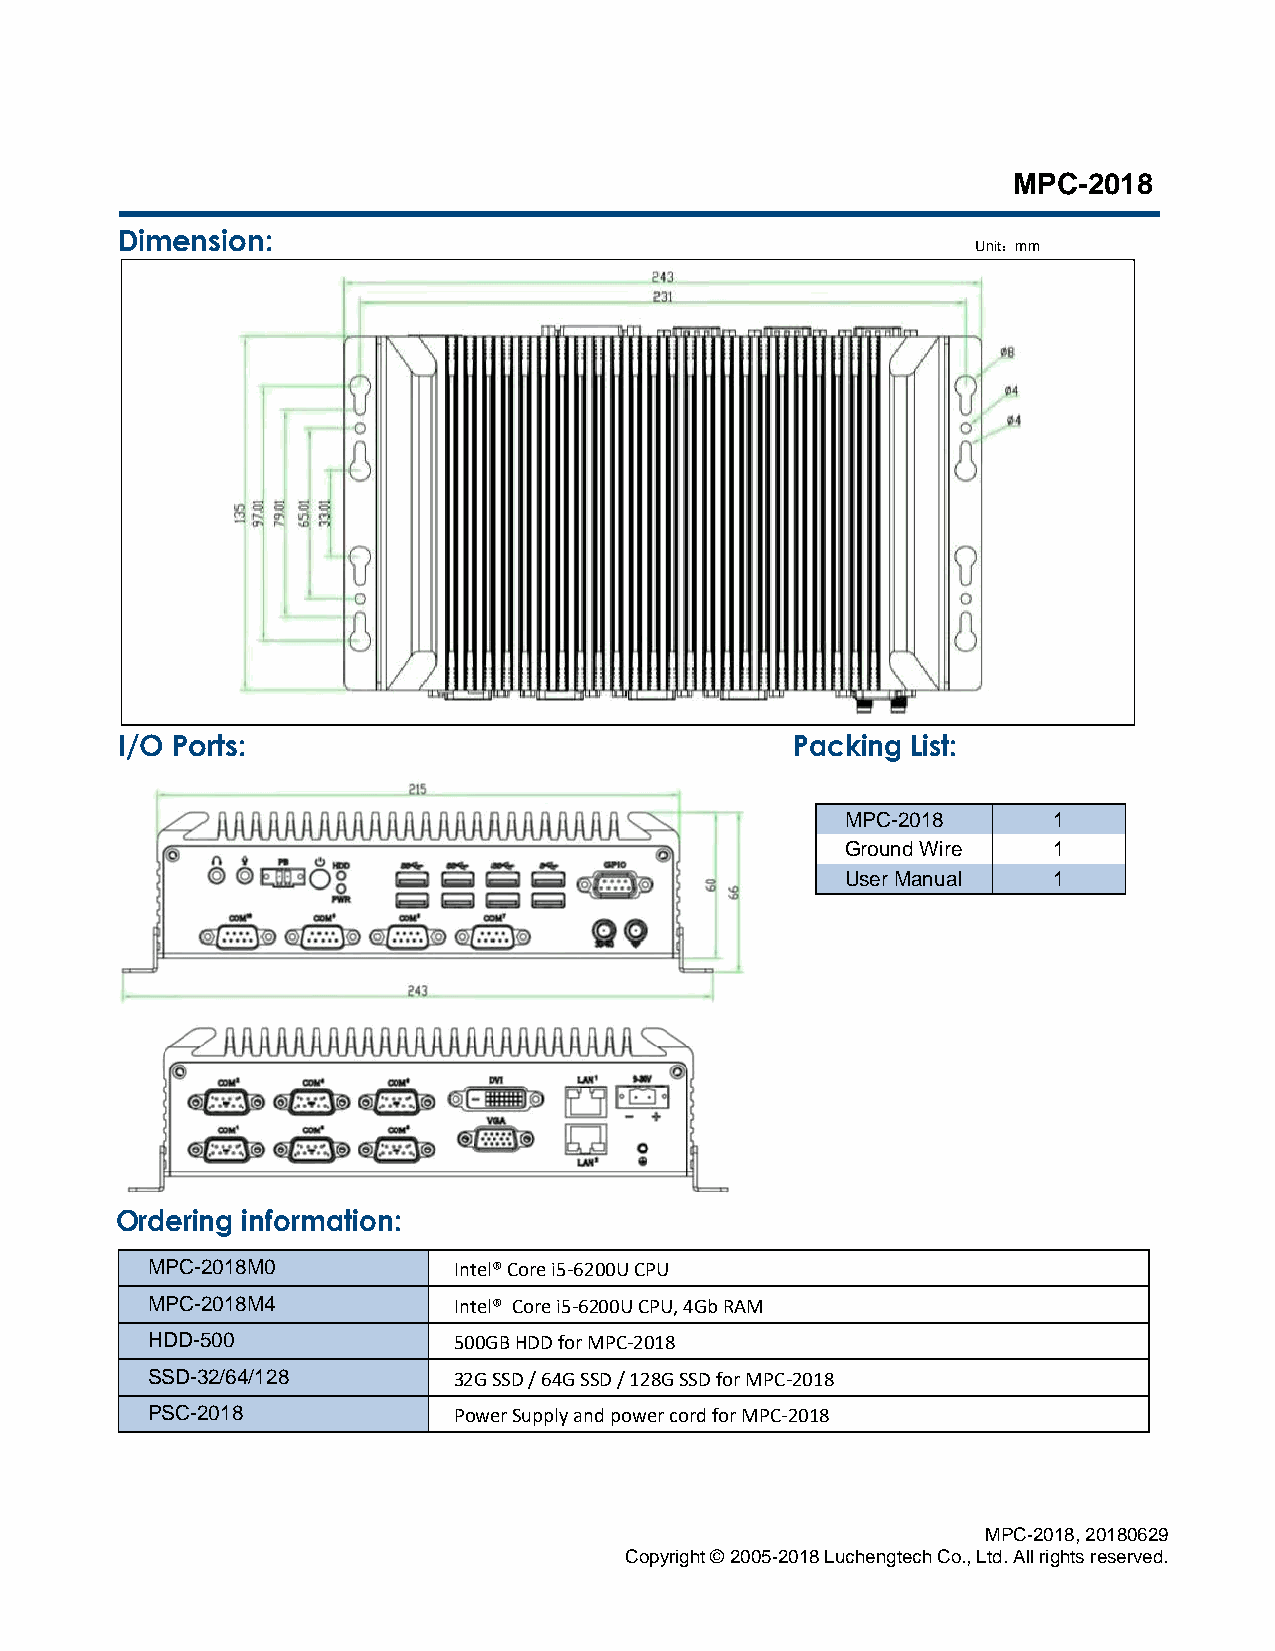
MPC-2018
 Dimension:
 Unit：mm
 I/O Ports:                                   Packing List:
 MPC-2018      1
 Ground Wire   1
 User Manual   1
 Ordering information:
 MPC-2018M0          Intel® Core i5-6200U CPU
 MPC-2018M4          Intel® Core i5-6200U CPU, 4Gb RAM
 HDD-500             500GB HDD for MPC-2018
 SSD-32/64/128       32G SSD / 64G SSD / 128G SSD for MPC-2018
 PSC-2018            Power Supply and power cord for MPC-2018
 MPC-2018, 20180629
 Copyright © 2005-2018 Luchengtech Co., Ltd. All rights reserved.